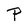
Character: P